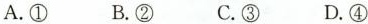
A.① B.② C.③ D.④